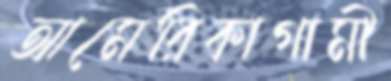
আমেরিকাগামী